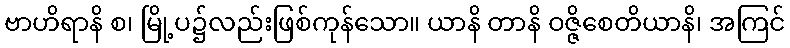
ဗာဟိရာနိ စ၊ မြို့ပ၌လည်းဖြစ်ကုန်သော။ ယာနိ တာနိ ဝဇ္ဇိစေတိယာနိ၊ အကြင်